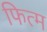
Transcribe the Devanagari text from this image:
फित्म